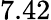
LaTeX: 7.42